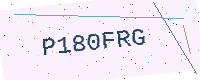
Text: P180FRG